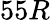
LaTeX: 55R